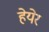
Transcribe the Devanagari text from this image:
हेयेर